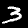
Digit: 3